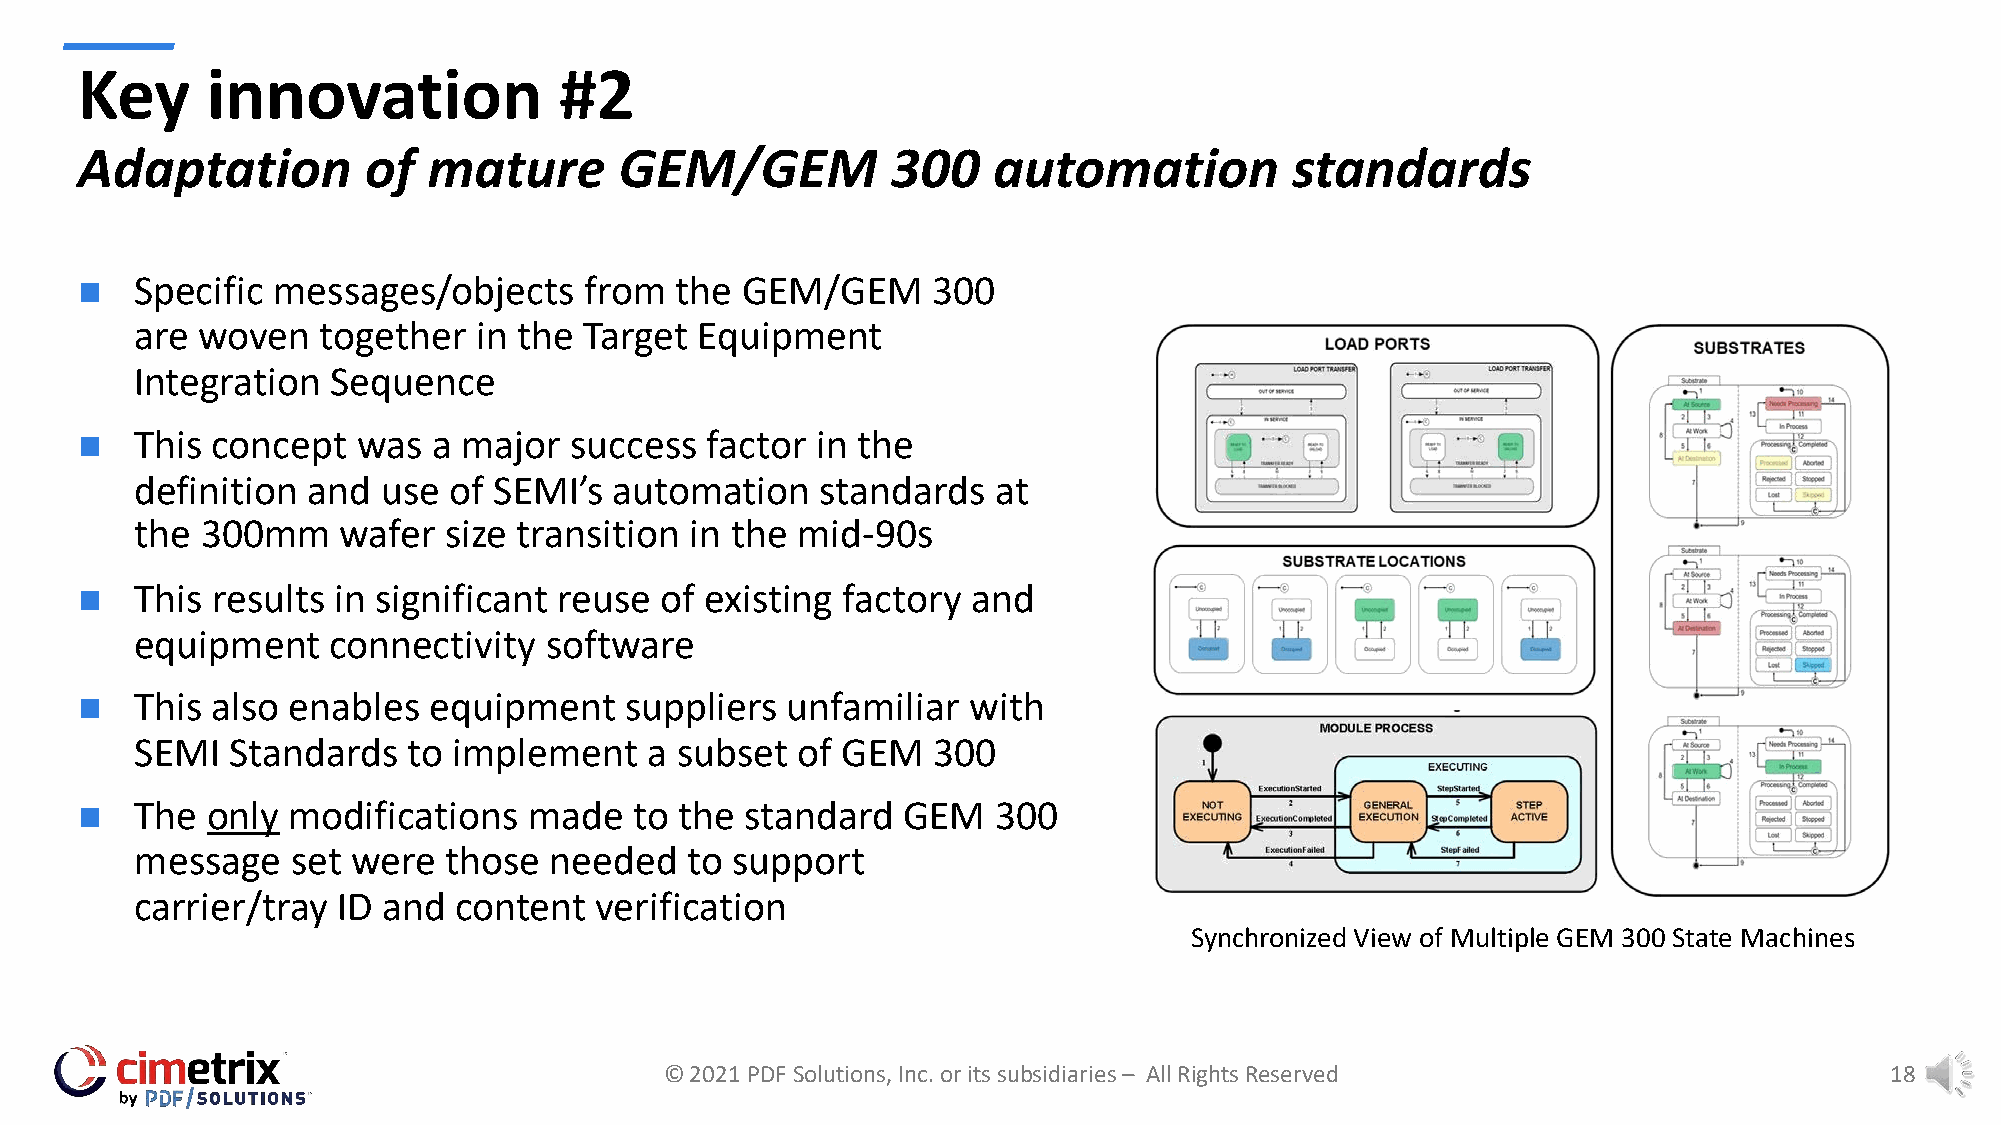
Key      innovation             #2
 Adaptation         of  mature       GEM/GEM           300    automation          standards
 n   Specific messages/objects     from  the GEM/GEM      300
 are woven   together   in the Target Equipment
 Integration  Sequence
 n   This concept   was  a major  success  factor in the
 definition and  use  of SEMI’s  automation   standards   at
 the 300mm    wafer  size transition  in the mid-90s
 n   This results in significant reuse  of existing factory and
 equipment    connectivity  software
 n   This also enables  equipment    suppliers  unfamiliar  with
 SEMI  Standards   to implement    a subset  of GEM   300
 n   The  only modifications   made   to the standard   GEM   300
 message   set were  those  needed    to support
 carrier/tray ID and  content  verification
 Synchronized View of Multiple GEM 300 State Machines
 © 2021 PDF Solutions, Inc. or its subsidiaries – All Rights Reserved             18